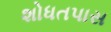
શોધતપાસ